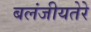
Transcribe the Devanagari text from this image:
बलंजीयतेरे